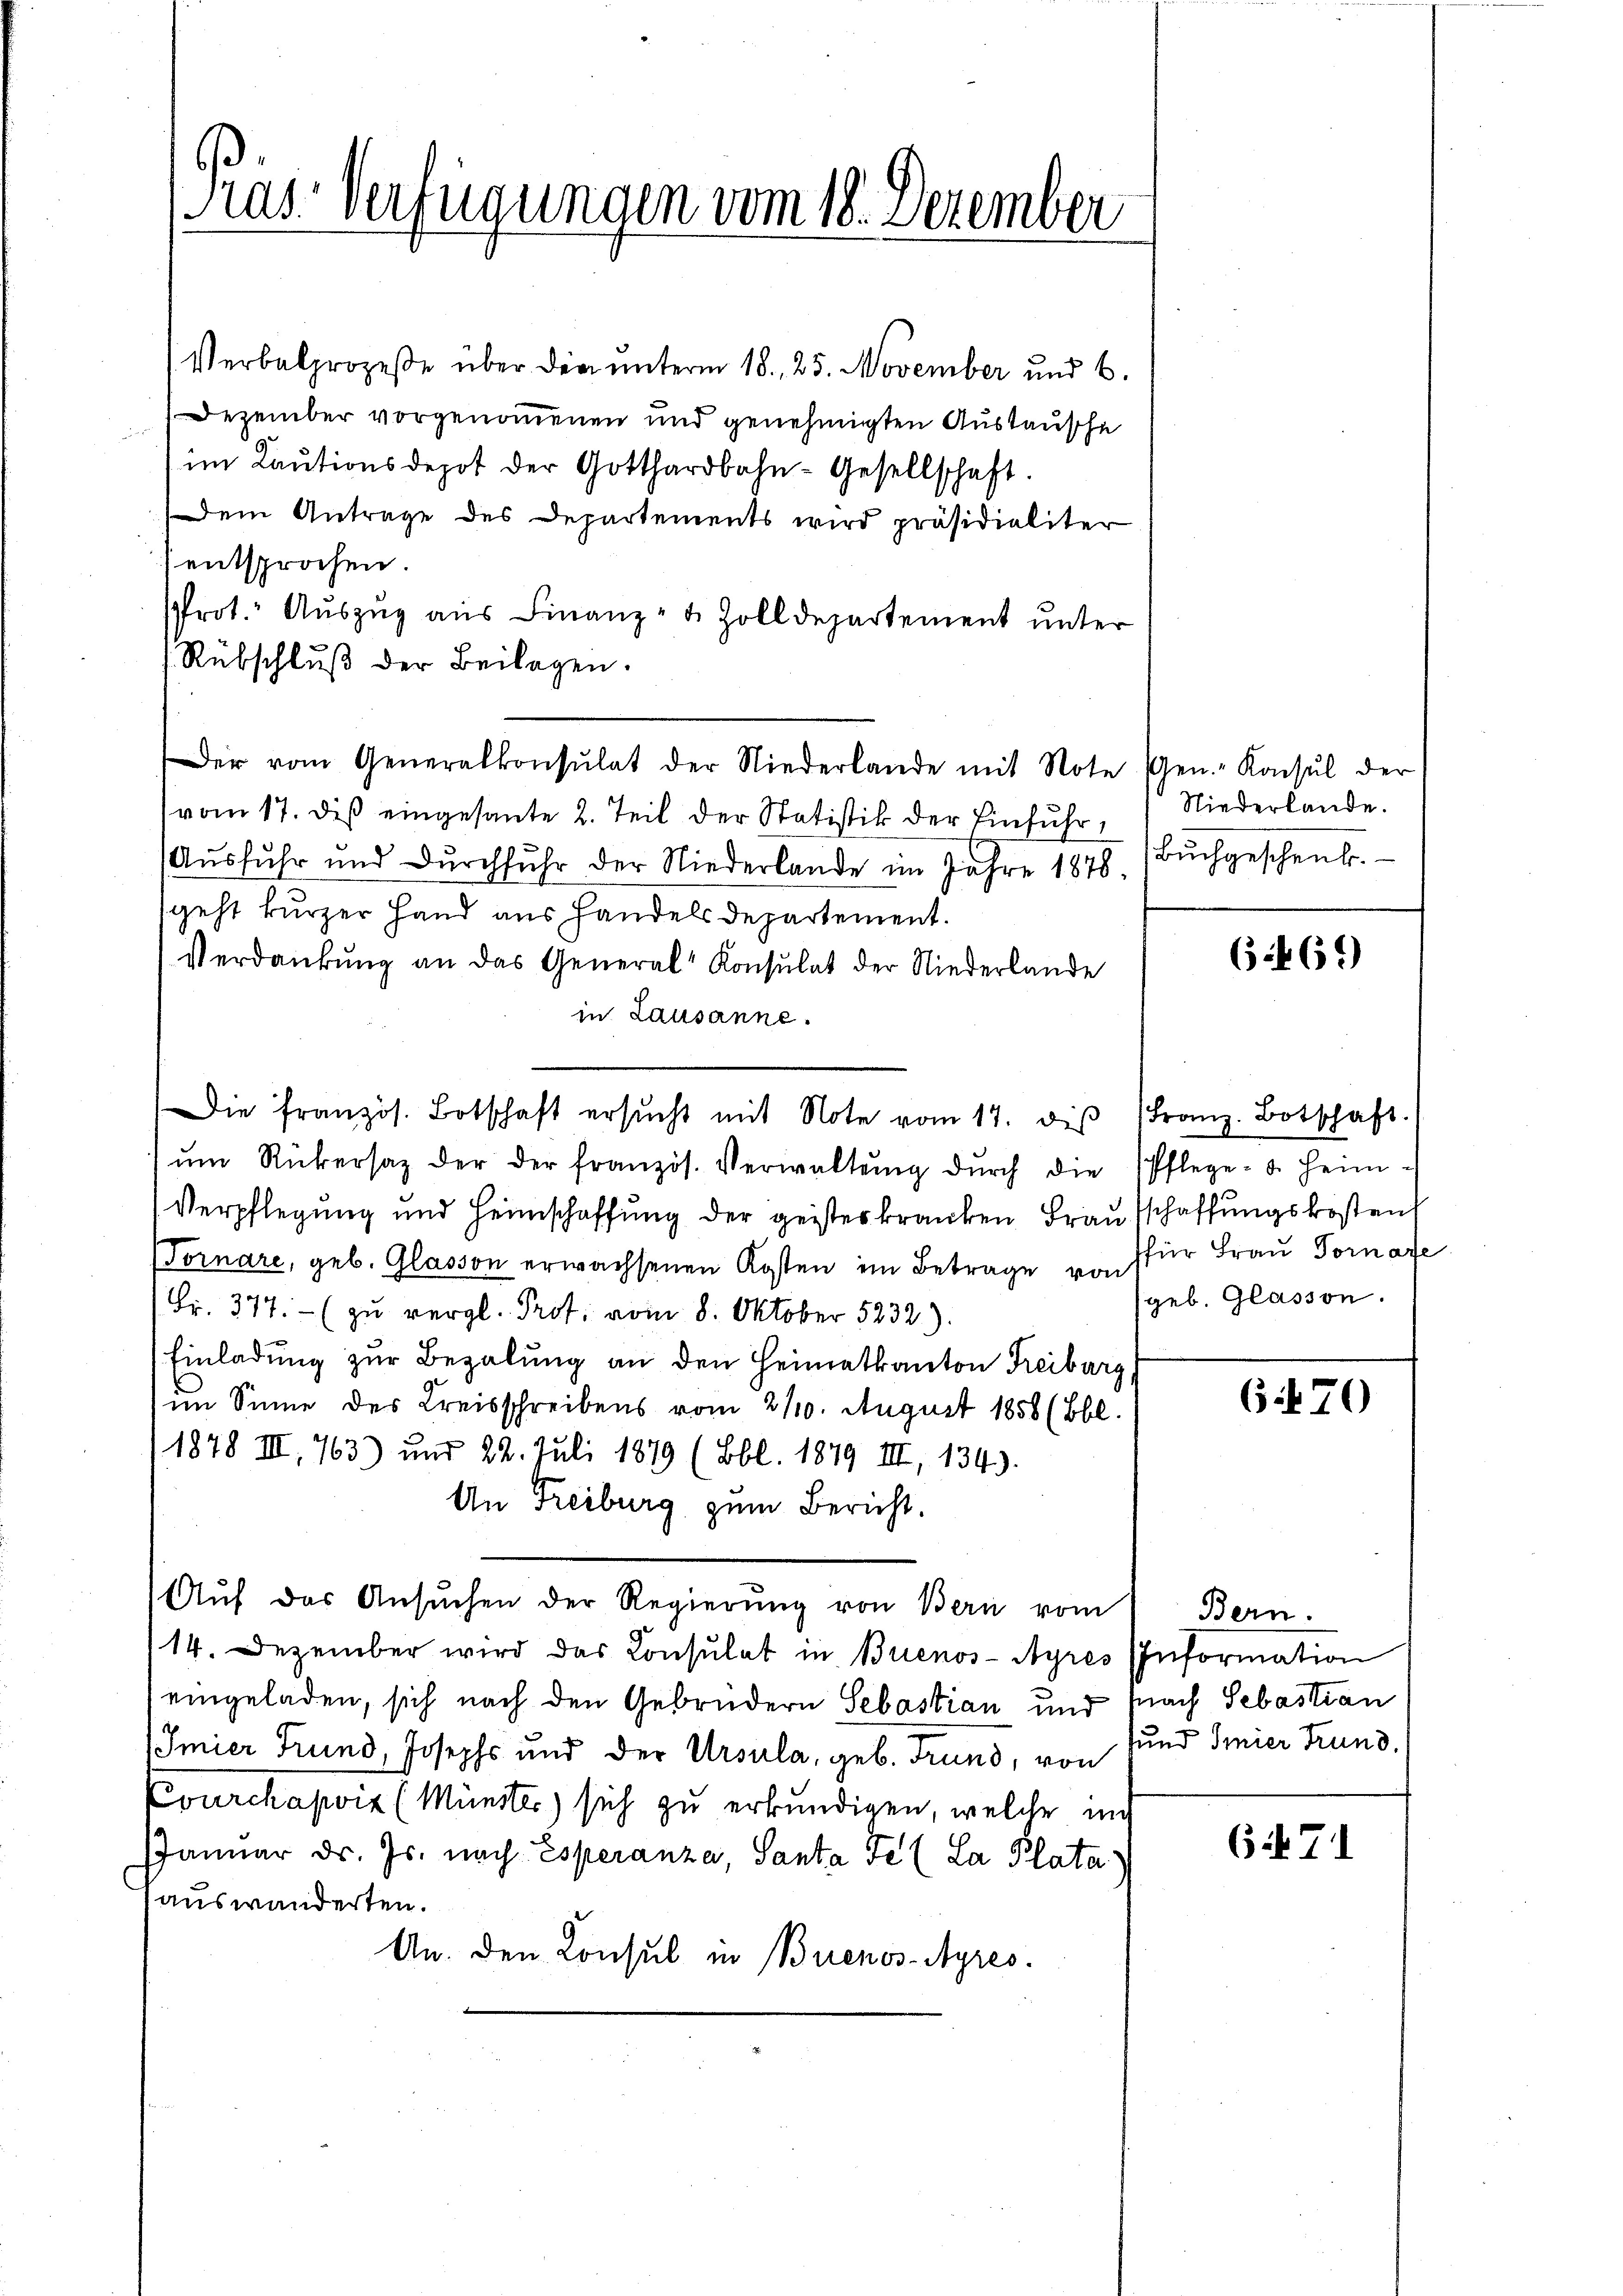
Präs. Verfügungen vom 18. Dezember

Verbalprozeße über den unterm 18. 25. November und b.
Dezember vorgenommenen und genehmigten Austausche
im Kautionsdepot der Gotthardbahn-Gesellschaft.
dem Antrage des Departements wird präsidialiter
entsprochen.
rot. Auszug aus Finanz- u. Zolldepartement unter
Rübschluß der Beilagen.
Der vom Generalkonsulat der Niederlande mit Note Gen.- Konsul der
vom 17. dieß eingesante 2. Teil der Statistik der Einfuhr,
(Ausfuhr und Dŭrchfuhr der Niederlande im Jahre 1878. Bŭchgeschenk.
geht kurzer Hand aus Handels Departement.
Verdankŭng an das General-Konsulat der Niederlande
in Lausanne.
ŭm Rükersaz der der französ. Verwaltŭng dŭrch die Pflege- u. heim-
Verpflegung und Heimschaffung der geisteskranken Frau schaffungskosten
(Fornare, geb. Glasson erwachsenen Kosten im Betrage von für Frau Vornafe
Fr. 377.- (zu vergl. Prof. vom 8. Oktober 5232).
Einladung zur Bezalung an den Heimatkanton Freiburg
im Sinne des Kreisschreibens vom 2110. August 1858 (Bbl.
1878 III, 763) und 22. Juli 1879 (Bbl. 1879 III, 1343).
An Freiburg zum Bericht.
Aŭf das Ansŭchen der Regierŭng von Bern vom
14. Dezember wird das Consulat in Buenos-Ayres Information
eingeladen, sich nach den Gebrüdern Sebastian und nach Sebastian
Imier Grund, Josephs und der Ursula, geb. Grund, von
Courchapvis (Münster) sich zu erkundigen, welche in
Januar ds. Js. nach Esperanza, Santa Fe (La Plata
auswanderten.
An. den Consul in Buenos-Ayres.

Die französ. Botschaft ersŭcht mit Note vom 17. diβ Franz. Botschaft.

Niederlande.

(469)

(geb. Glassen.

670

Bern.
und Imier Trund.

(if. 71